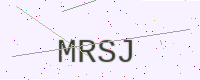
Text: MRSJ